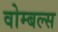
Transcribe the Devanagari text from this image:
वोम्बल्स